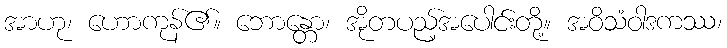
အာဟု၊ ဟောကုန်၏။ ဘောန္တော၊ အိုတပည့်အပေါင်းတို့။ အဝိသံဝါဒကဿ၊